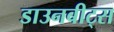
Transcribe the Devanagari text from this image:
डाउनबीट्स